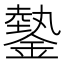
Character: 𨫔